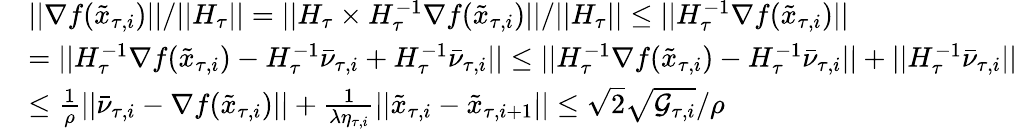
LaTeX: \begin{array}{rl}&{||\nabla f(\tilde{x}_{\tau,i})||/||H_{\tau}||=||H_{\tau}\times H_{\tau}^{-1}\nabla f(\tilde{x}_{\tau,i})||/||H_{\tau}||\leq||H_{\tau}^{-1}\nabla f(\tilde{x}_{\tau,i})||}\\ &{=||H_{\tau}^{-1}\nabla f(\tilde{x}_{\tau,i})-H_{\tau}^{-1}\bar{\nu}_{\tau,i}+H_{\tau}^{-1}\bar{\nu}_{\tau,i}||\leq||H_{\tau}^{-1}\nabla f(\tilde{x}_{\tau,i})-H_{\tau}^{-1}\bar{\nu}_{\tau,i}||+||H_{\tau}^{-1}\bar{\nu}_{\tau,i}||}\\ &{\leq\frac{1}{\rho}||\bar{\nu}_{\tau,i}-\nabla f(\tilde{x}_{\tau,i})||+\frac{1}{\lambda\eta_{\tau,i}}||\tilde{x}_{\tau,i}-\tilde{x}_{\tau,i+1}||\leq\sqrt{2}\sqrt{\mathcal{G}_{\tau,i}}/\rho}\end{array}